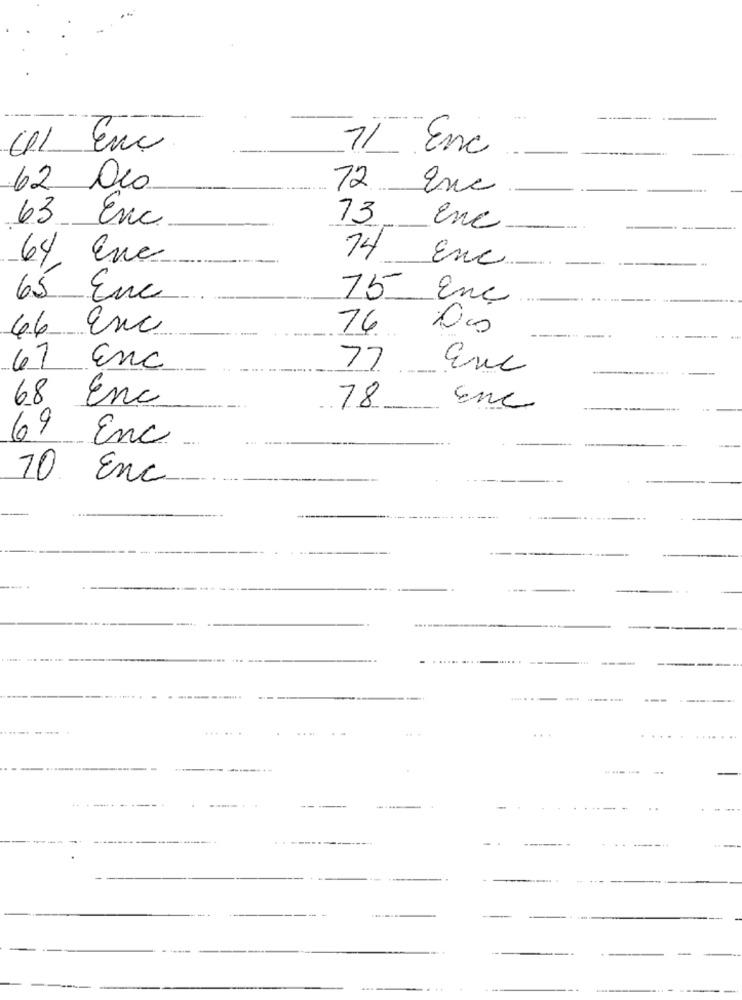
-----
EL Enc
71 Enc
---
62 Duo
72
Inc
63 Enc
73
enc
64 Ene
14
Enc
65 Enc
75
Enc
46 Enc
74
£
67 Enc
77
Euc
68
Enc
78
Enc
69
Enc
10
Enc
....
4 4
.. ..
.. .
---
-------